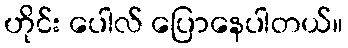
ဟိုင်း ပေါလ် ပြောနေပါတယ်။